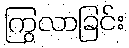
ကြွလာခြင်း